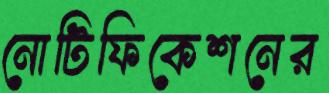
নোটিফিকেশনের